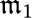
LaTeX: \mathfrak{m}_{1}